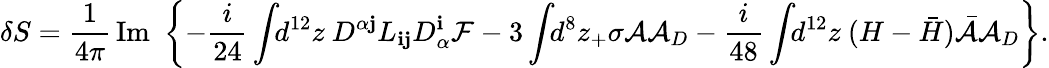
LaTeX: \delta S=\frac{1}{4\pi}\, \mathrm{Im}\, \, \left\{ -\frac{i}{24}\int\! \! d^{12}z\ D^{\alpha{\mathbf j}}L_{{\mathbf i}{\mathbf j}}D_{\alpha}^{\mathbf i}{\cal F}-3\int\! \! d^{8}z_{+}\sigma{\cal A}{\cal A}_{D}-\frac{i}{48}\int\! \! d^{12}z\ (H-{\bar{H}}){\bar{\cal A}}{\cal A}_{D}\right\} .